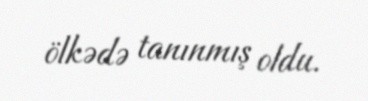
ölkədə tanınmış oldu.